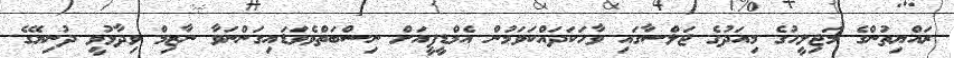
ރައްޔިތުންގެ މަޖިލީހުގެ މިއަދުގެ ޖަލްސާގައި ވާހަކަދައްކަވަމުން އެމްޑީޕީއަށް ނިސްބަތްވެވަޑައިގަންނަވާ ނާޒިމް ވިދާޅުވީ ދުނިޔޭގެ